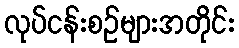
လုပ်ငန်းစဉ်များအတိုင်း